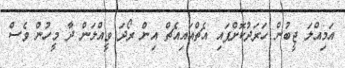
އަމިއްލަ ޖީބުން ހަރަދުކޮށްފައި އެޗްއައިއެޗް އިން ރޯދަ ވީއްލަން ދާ މީހުން ވެސް